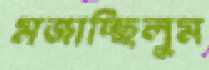
মজাচ্ছিলুম